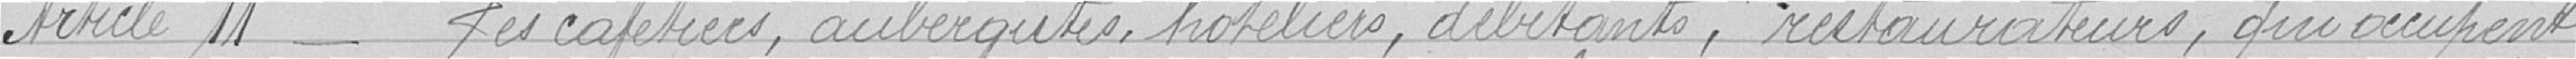
Article 11 - Les cafetiers, aubergistes, hôtels, débitants, restaurateurs, qui occupent